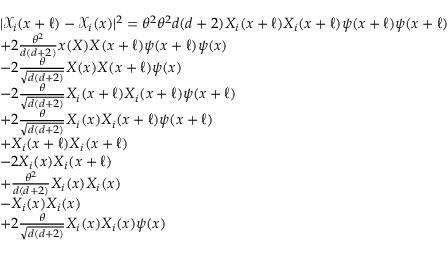
\begin{array} { r l } & { | \mathcal { X } _ { i } ( x + \ell ) - \mathcal { X } _ { i } ( x ) | ^ { 2 } = \theta ^ { 2 } { \theta ^ { 2 } } { { d ( d + 2 ) } } X _ { i } ( x + \ell ) X _ { i } ( x + \ell ) \psi ( x + \ell ) \psi ( x + \ell ) } \\ & { + 2 \frac { \theta ^ { 2 } } { { d ( d + 2 ) } } x ( X ) X ( x + \ell ) \psi ( x + \ell ) \psi ( x ) } \\ & { - 2 \frac { \theta } { \sqrt { d ( d + 2 ) } } X ( x ) X ( x + \ell ) \psi ( x ) } \\ & { - 2 \frac { \theta } { \sqrt { d ( d + 2 ) } } X _ { i } ( x + \ell ) X _ { i } ( x + \ell ) \psi ( x + \ell ) } \\ & { + 2 \frac { \theta } { \sqrt { d ( d + 2 ) } } X _ { i } ( x ) X _ { i } ( x + \ell ) \psi ( x + \ell ) } \\ & { + X _ { i } ( x + \ell ) X _ { i } ( x + \ell ) } \\ & { - 2 X _ { i } ( x ) X _ { i } ( x + \ell ) } \\ & { + \frac { \theta ^ { 2 } } { { d ( d + 2 ) } } X _ { i } ( x ) X _ { i } ( x ) } \\ & { - X _ { i } ( x ) X _ { i } ( x ) } \\ & { + 2 \frac { \theta } { \sqrt { d ( d + 2 ) } } X _ { i } ( x ) X _ { i } ( x ) \psi ( x ) } \end{array}